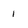
Character: 1